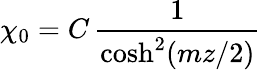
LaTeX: \chi_{0}=C\, \frac{1}{\cosh^{2}(mz/2)}